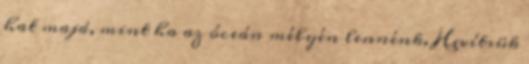
hat majd, mint ha az óceán mélyén lennénk. Hevítsük